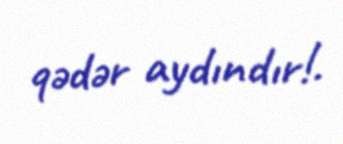
qədər aydındır!.